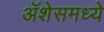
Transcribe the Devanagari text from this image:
ॲशेसमध्ये